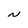
Character: N